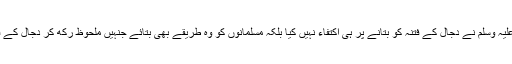
اللہ کے رسول صلی اللہ علیہ وسلم نے دجال کے فتنہ کو بتانے پر ہی اکتفاء نہیں کیا بلکہ مسلمانوں کو وہ طریقے بھی بتائے جنہیں ملحوظ رکھ کر دجال کے فتنہ سے بچا جاسکتا ہے۔